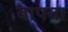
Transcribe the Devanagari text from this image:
बापना